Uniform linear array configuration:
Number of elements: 8
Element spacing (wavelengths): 1
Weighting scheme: binomial
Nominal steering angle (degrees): -45
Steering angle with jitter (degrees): -45.541
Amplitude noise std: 0.05
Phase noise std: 0.05

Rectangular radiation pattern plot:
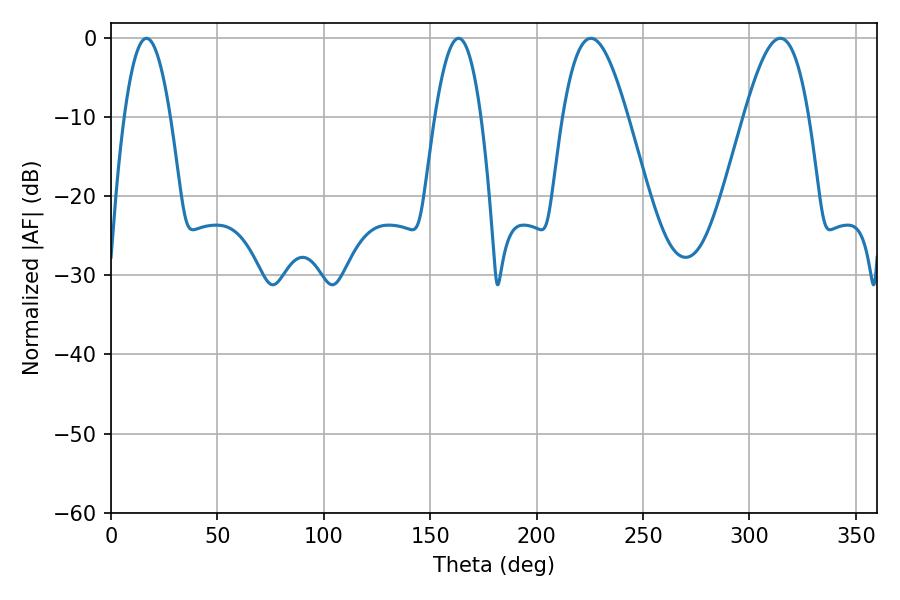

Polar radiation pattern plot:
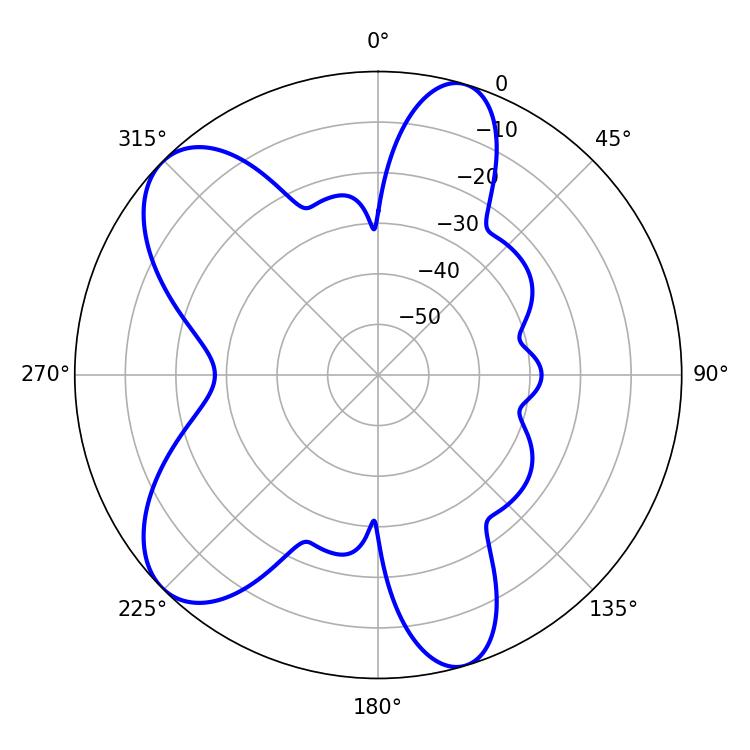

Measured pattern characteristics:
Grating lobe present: TRUE
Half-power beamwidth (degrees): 16.56
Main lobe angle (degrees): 225.54